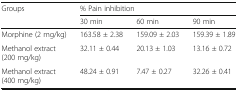
| <ROWSPAN=2> Groups | <COLSPAN=3> % Pain inhibition |
 | 30 min | 60 min | 90 min |
 | --- | --- | --- | --- |
 | Morphine (2 mg/kg) | 163.58 ± 2.38 | 159.09 ± 2.03 | 159.39 ± 1.89 |
 | Methanol extract (200 mg/kg) | 32.11 ± 0.44 | 20.13 ± 1.03 | 13.16 ± 0.72 |
 | Methanol extract (400 mg/kg) | 48.24 ± 0.91 | 7.47 ± 0.27 | 32.26 ± 0.41 |